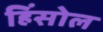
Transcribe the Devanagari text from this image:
हिंसोल